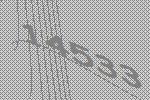
14533